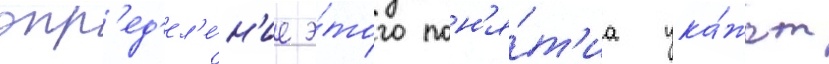
опр'ед'ел'е́н'ие э́того пон'я́т'иа ука́жет